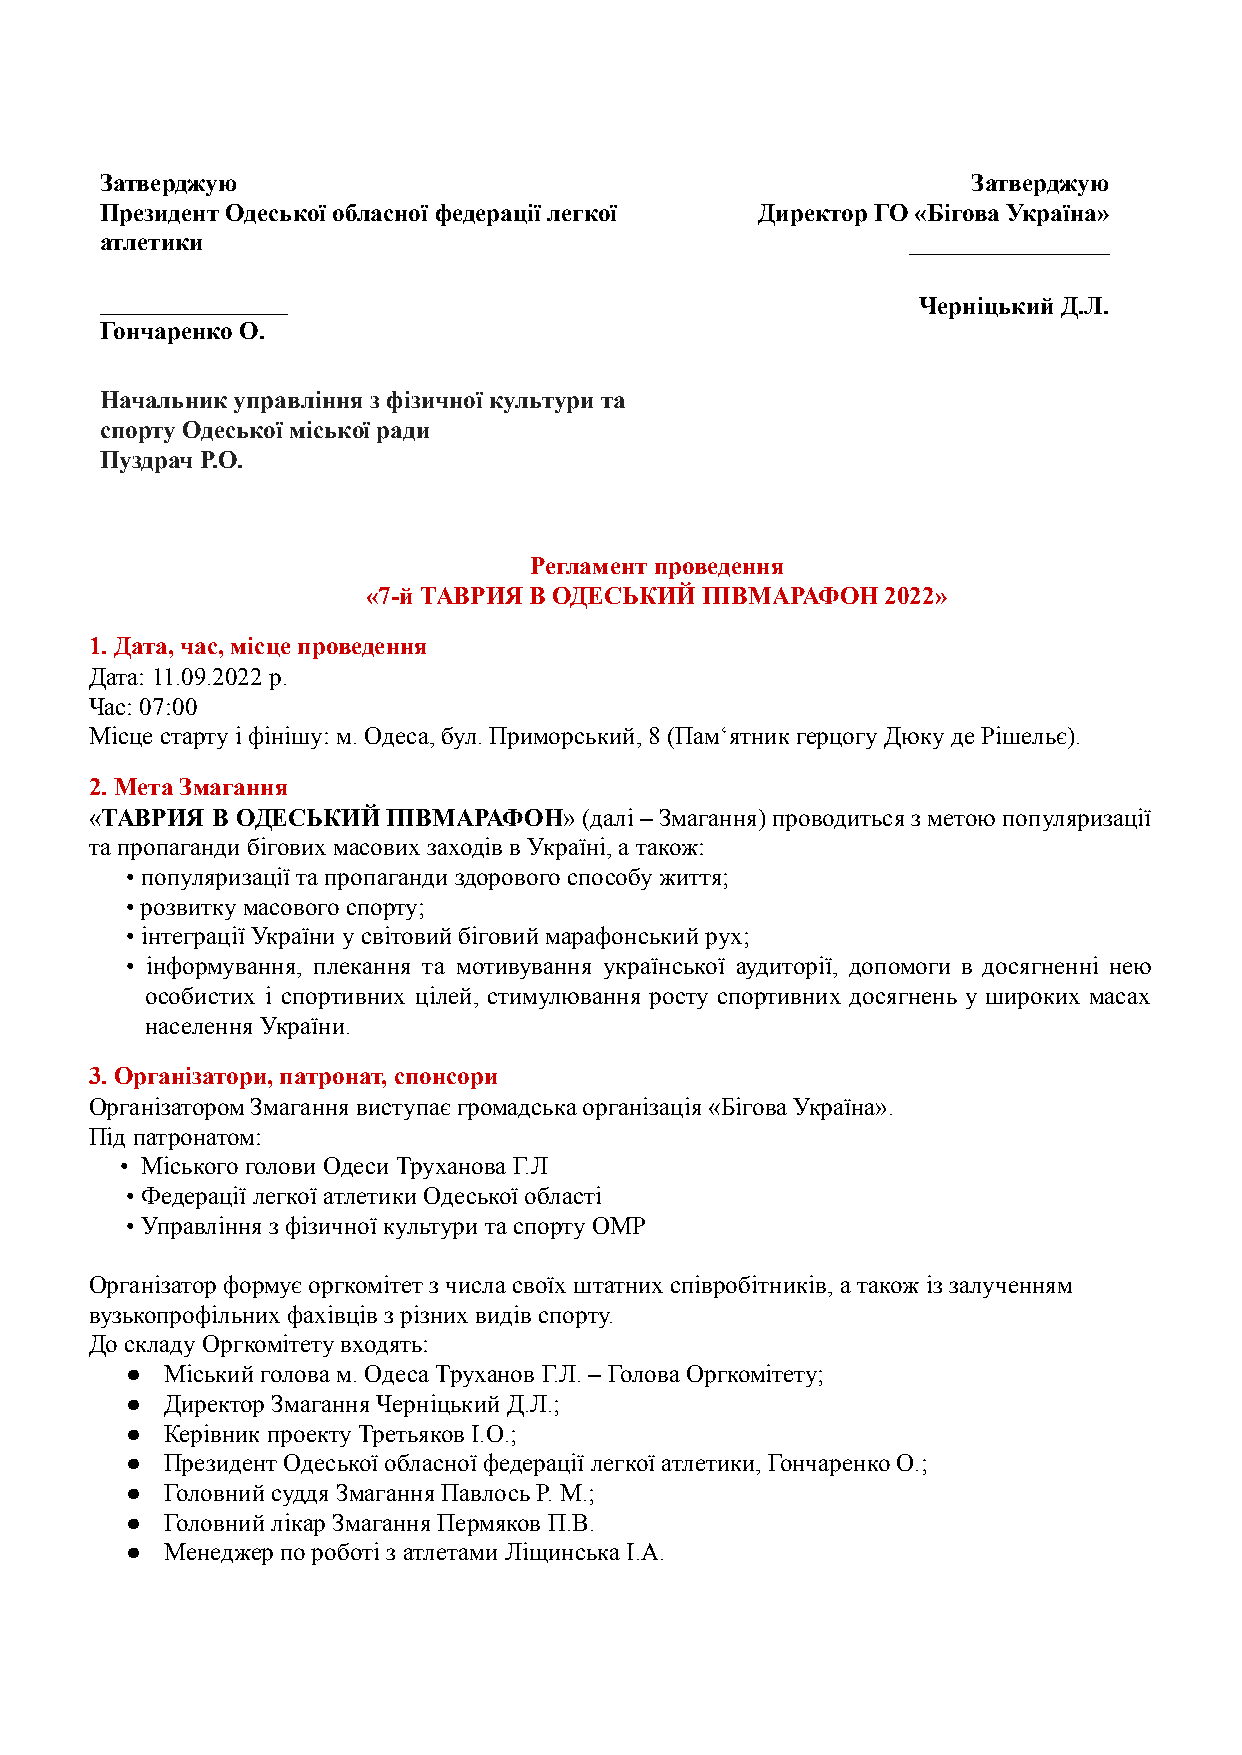
Затверджую                                               Затверджую
 Президент Одеської обласної федерації легкої Директор ГО «Бігова Україна»
 атлетики                                             ________________
 _______________                                       Черніцький Д.Л.
 Гончаренко О.
 Начальник управління з фізичної культури та
 спорту Одеської міської ради
 Пуздрач Р.О.
 Регламент проведення
 «7-й ТАВРИЯ В ОДЕСЬКИЙ ПІВМАРАФОН  2022»
 1. Дата, час, місце проведення
 Дата: 11.09.2022 р.
 Час: 07:00
 Місце старту і фінішу: м. Одеса, бул. Приморський, 8 (Пам‘ятник герцогу Дюку де Рішельє).
 2. Мета Змагання
 «ТАВРИЯ В ОДЕСЬКИЙПІВМАРАФОН»(далі  –Змагання)проводитьсяз метоюпопуляризації
 та пропаганди бігових масових заходів в Україні, а також:
 • популяризації та пропаганди здорового способу життя;
 • розвитку масового спорту;
 • інтеграції України у світовий біговий марафонський рух;
 • інформування, плекання та мотивування української аудиторії, допомоги в досягненні нею
 особистих і спортивних цілей, стимулювання росту спортивних досягнень у широких масах
 населення України.
 3. Організатори, патронат, спонсори
 Організатором Змагання виступає громадська організація «Бігова Україна».
 Під патронатом:
 • Міського голови Одеси Труханова Г.Л
 • Федерації легкої атлетики Одеської області
 • Управління з фізичної культури та спорту ОМР
 Організатор формує оргкомітет з числа своїх штатних співробітників, а також із залученням
 вузькопрофільних фахівців з різних видів спорту.
 До складу Оргкомітету входять:
 ●  Міський голова м. Одеса Труханов Г.Л. – Голова Оргкомітету;
 ●  Директор Змагання Черніцький Д.Л.;
 ●  Керівник проекту Третьяков І.О.;
 ●  Президент Одеської обласної федерації легкої атлетики, Гончаренко О.;
 ●  Головний суддя Змагання Павлось Р. М.;
 ●  Головний лікар Змагання Пермяков П.В.
 ●  Менеджер по роботі з атлетами Ліщинська І.А.